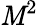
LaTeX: \mathit{M}^{2}